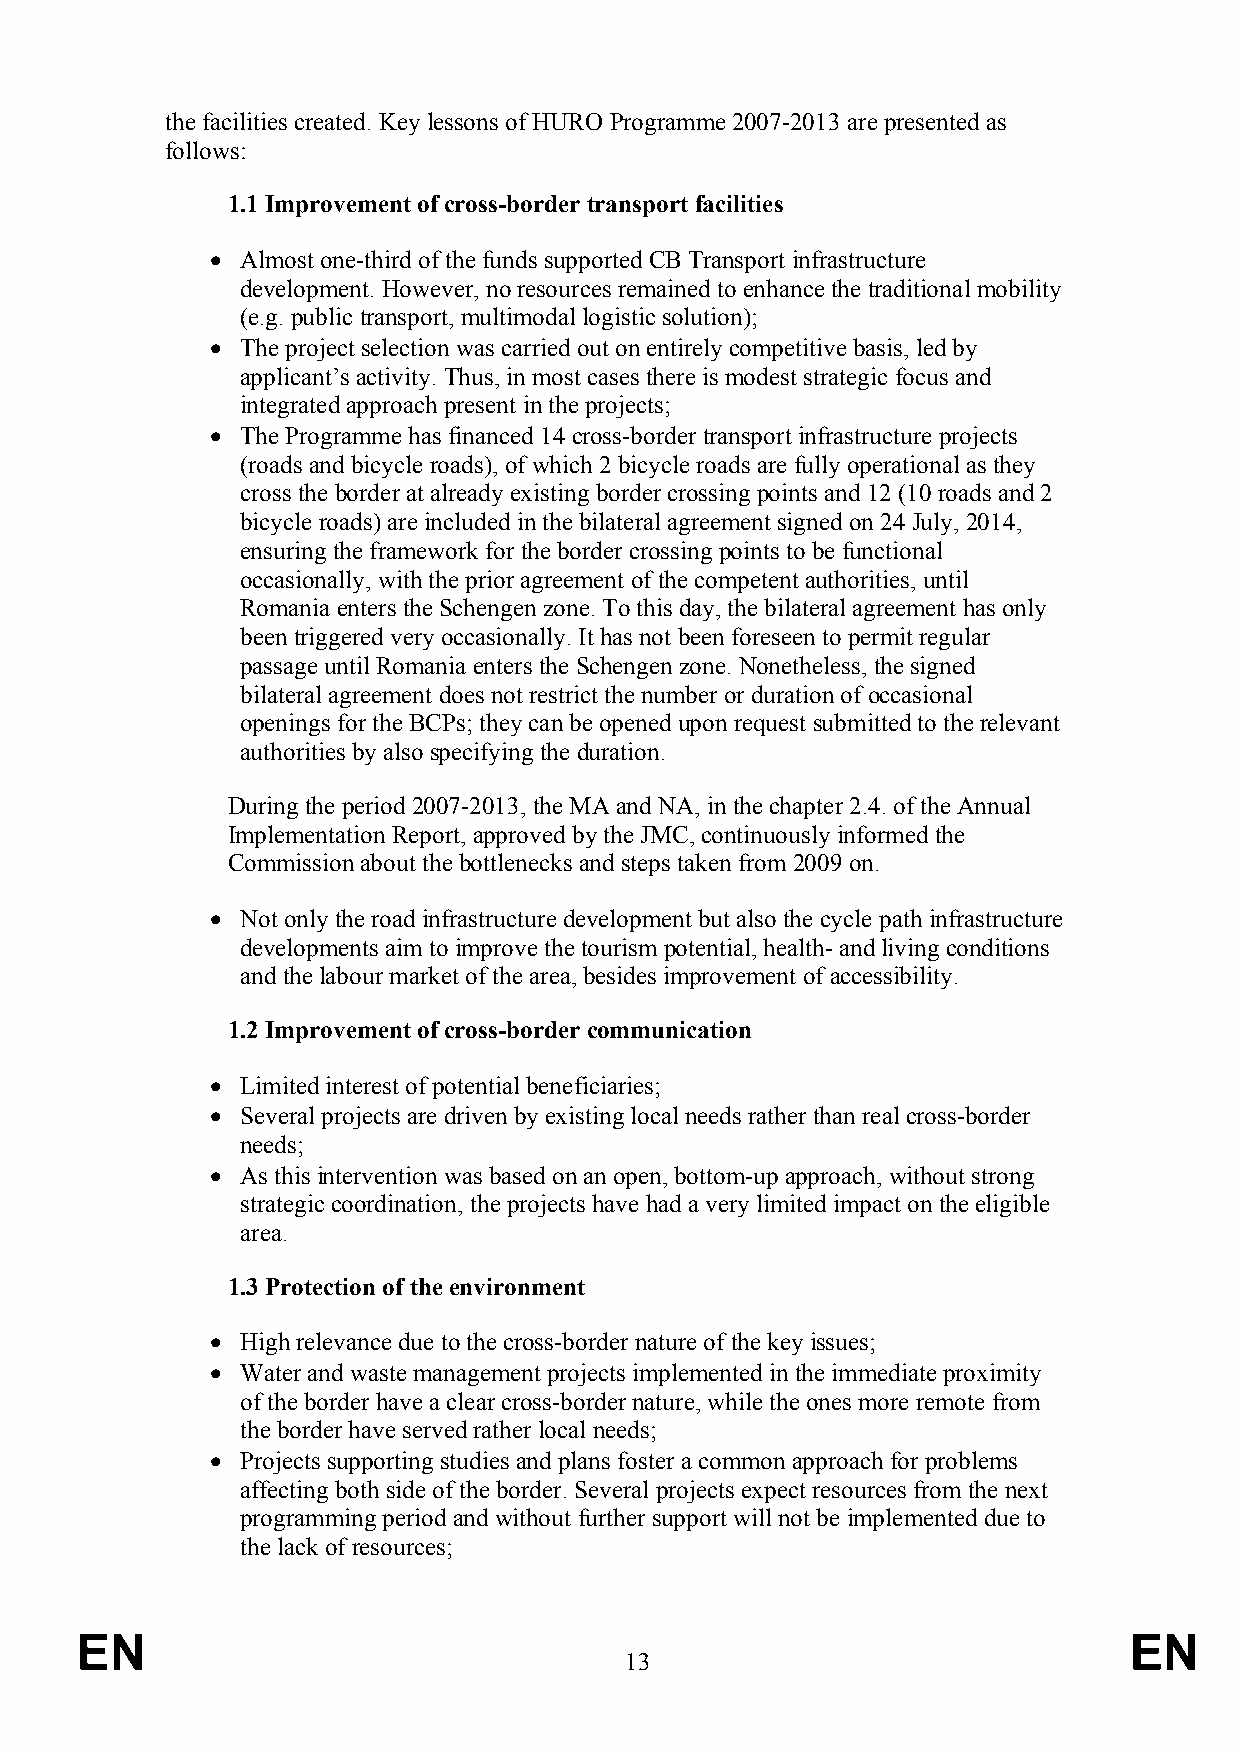
the facilities created. Key lessons of HURO Programme 2007-2013 are presented as
 follows:
 1.1 Improvement of cross-border transport facilities
  Almost one-third of the funds supported CB Transport infrastructure
 development. However, no resources remained to enhance the traditional mobility
 (e.g. public transport, multimodal logistic solution);
  The project selection was carried out on entirely competitive basis, led by
 applicant’s activity. Thus, in most cases there is modest strategic focus and
 integrated approach present in the projects;
  The Programme has financed 14 cross-border transport infrastructure projects
 (roads and bicycle roads), of which 2 bicycle roads are fully operational as they
 cross the border at already existing border crossing points and 12 (10 roads and 2
 bicycle roads) are included in the bilateral agreement signed on 24 July, 2014,
 ensuring the framework for the border crossing points to be functional
 occasionally, with the prior agreement of the competent authorities, until
 Romania enters the Schengen zone. To this day, the bilateral agreement has only
 been triggered very occasionally. It has not been foreseen to permit regular
 passage until Romania enters the Schengen zone. Nonetheless, the signed
 bilateral agreement does not restrict the number or duration of occasional
 openings for the BCPs; they can be opened upon request submitted to the relevant
 authorities by also specifying the duration.
 During the period 2007-2013, the MA and NA, in the chapter 2.4. of the Annual
 Implementation Report, approved by the JMC, continuously informed the
 Commission about the bottlenecks and steps taken from 2009 on.
  Not only the road infrastructure development but also the cycle path infrastructure
 developments aim to improve the tourism potential, health- and living conditions
 and the labour market of the area, besides improvement of accessibility.
 1.2 Improvement of cross-border communication
  Limited interest of potential beneficiaries;
  Several projects are driven by existing local needs rather than real cross-border
 needs;
  As this intervention was based on an open, bottom-up approach, without strong
 strategic coordination, the projects have had a very limited impact on the eligible
 area.
 1.3 Protection of the environment
  High relevance due to the cross-border nature of the key issues;
  Water and waste management projects implemented in the immediate proximity
 of the border have a clear cross-border nature, while the ones more remote from
 the border have served rather local needs;
  Projects supporting studies and plans foster a common approach for problems
 affecting both side of the border. Several projects expect resources from the next
 programming period and without further support will not be implemented due to
 the lack of resources;
 EN                                                                    EN
 13